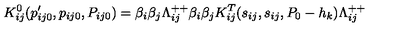
K _ { i j } ^ { 0 } ( p _ { i j 0 } ^ { \prime } , p _ { i j 0 } , P _ { i j 0 } ) = \beta _ { i } \beta _ { j } \Lambda _ { i j } ^ { + + } \beta _ { i } \beta _ { j } K _ { i j } ^ { T } ( s _ { i j } , s _ { i j } , P _ { 0 } - h _ { k } ) \Lambda _ { i j } ^ { + + }